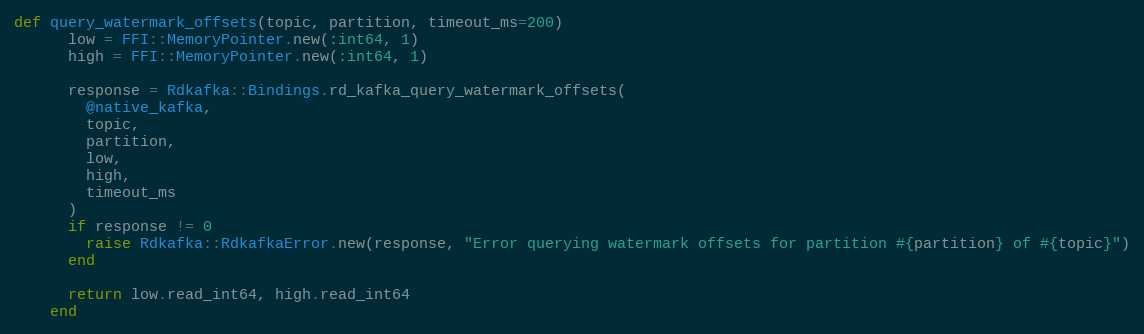
Language: Ruby
def query_watermark_offsets(topic, partition, timeout_ms=200)
      low = FFI::MemoryPointer.new(:int64, 1)
      high = FFI::MemoryPointer.new(:int64, 1)

      response = Rdkafka::Bindings.rd_kafka_query_watermark_offsets(
        @native_kafka,
        topic,
        partition,
        low,
        high,
        timeout_ms
      )
      if response != 0
        raise Rdkafka::RdkafkaError.new(response, "Error querying watermark offsets for partition #{partition} of #{topic}")
      end

      return low.read_int64, high.read_int64
    end